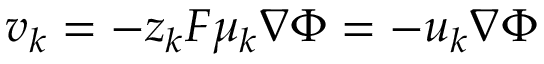
\boldsymbol { v } _ { k } = - z _ { k } F \mu _ { k } \nabla \Phi = - u _ { k } \nabla \Phi